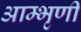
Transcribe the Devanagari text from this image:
आम्भृणी